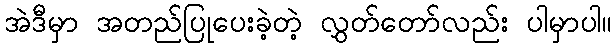
အဲဒီမှာ အတည်ပြုပေးခဲ့တဲ့ လွှတ်တော်လည်း ပါမှာပါ။